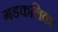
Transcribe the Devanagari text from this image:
गडकलिका